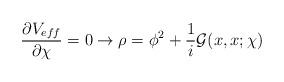
LaTeX: \begin{align*}\frac{\partial V_{eff}}{\partial \chi} =0 \rightarrow \rho=\phi^2 + \frac{1}{i}{\mathcal G}(x,x;\chi)\end{align*}